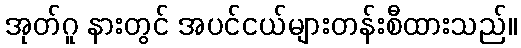
အုတ်ဂူ နားတွင် အပင်ငယ်များတန်းစီထားသည်။